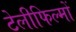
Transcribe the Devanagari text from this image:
टेलीफिल्मों